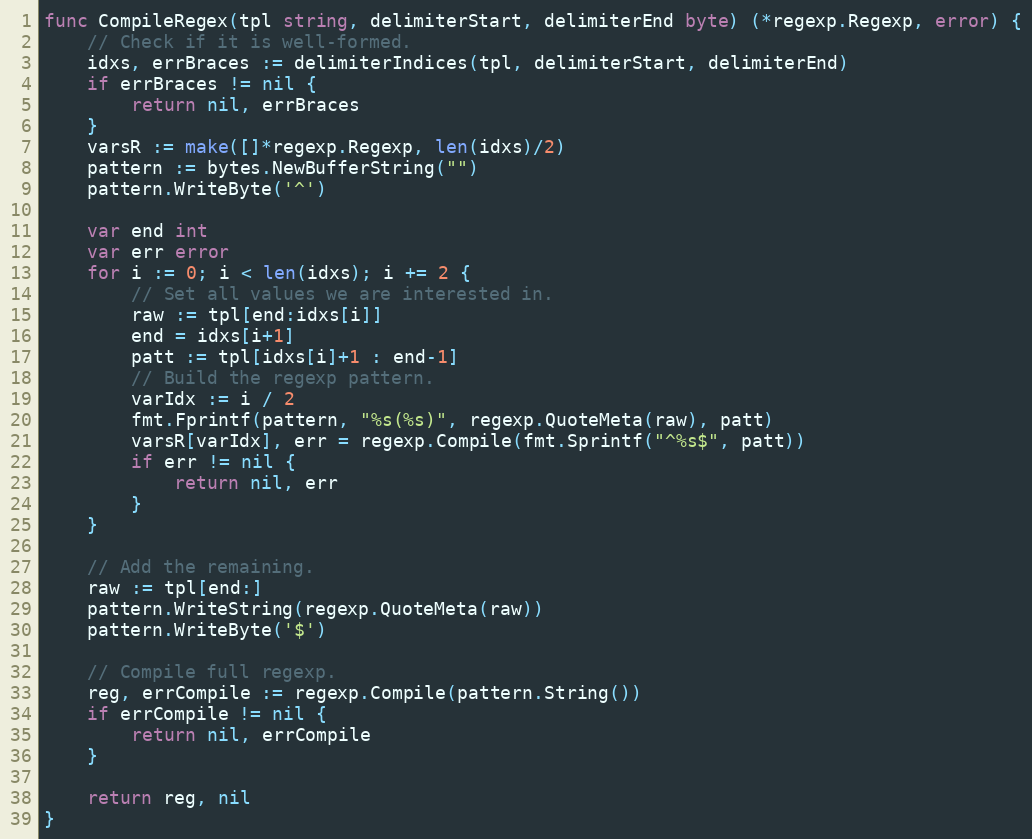
Language: Go
func CompileRegex(tpl string, delimiterStart, delimiterEnd byte) (*regexp.Regexp, error) {
	// Check if it is well-formed.
	idxs, errBraces := delimiterIndices(tpl, delimiterStart, delimiterEnd)
	if errBraces != nil {
		return nil, errBraces
	}
	varsR := make([]*regexp.Regexp, len(idxs)/2)
	pattern := bytes.NewBufferString("")
	pattern.WriteByte('^')

	var end int
	var err error
	for i := 0; i < len(idxs); i += 2 {
		// Set all values we are interested in.
		raw := tpl[end:idxs[i]]
		end = idxs[i+1]
		patt := tpl[idxs[i]+1 : end-1]
		// Build the regexp pattern.
		varIdx := i / 2
		fmt.Fprintf(pattern, "%s(%s)", regexp.QuoteMeta(raw), patt)
		varsR[varIdx], err = regexp.Compile(fmt.Sprintf("^%s$", patt))
		if err != nil {
			return nil, err
		}
	}

	// Add the remaining.
	raw := tpl[end:]
	pattern.WriteString(regexp.QuoteMeta(raw))
	pattern.WriteByte('$')

	// Compile full regexp.
	reg, errCompile := regexp.Compile(pattern.String())
	if errCompile != nil {
		return nil, errCompile
	}

	return reg, nil
}